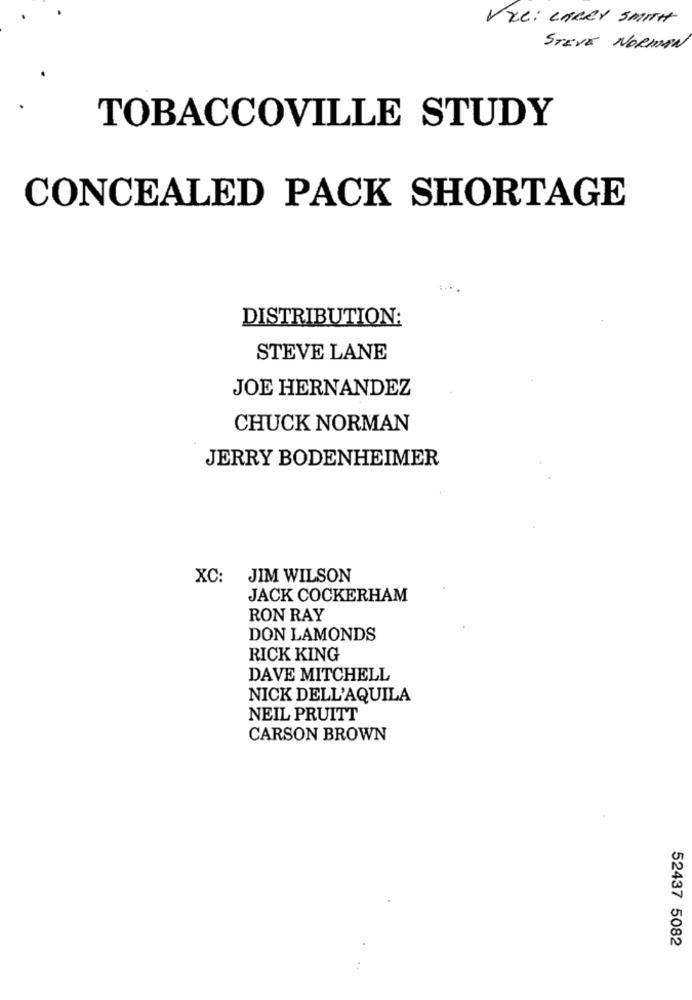
VEC: CARRY SMITH
STEVE NORMAN
TOBACCOVILLE STUDY
CONCEALED PACK SHORTAGE
DISTRIBUTION:
STEVE LANE
JOE HERNANDEZ
CHUCK NORMAN
JERRY BODENHEIMER
XC: JIM WILSON
JACK COCKERHAM
RON RAY
DON LAMONDS
RICK KING
DAVE MITCHELL
NICK DELL'AQUILA
NEIL PRUITT
CARSON BROWN
52437 5082